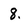
Character: 8